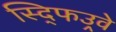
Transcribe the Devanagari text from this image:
स्द्फिउर्‍वे